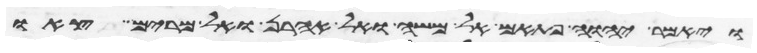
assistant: ויאמר יהוה פתאם אל משה ואל אהרן ואל מרים צאו